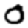
Digit: 0